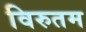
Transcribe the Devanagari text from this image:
विरुतम